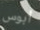
أبوس